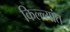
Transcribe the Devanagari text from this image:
किल्ल्यांत